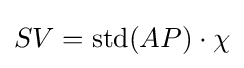
{\textstyle SV=\mathrm {std} (AP)\cdot \chi }